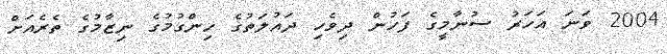
2004 ވަނަ އަހަރު ސުނާމީގެ ފަހުން ދިވެހި ދައުލަތުގެ ހިންގުމުގެ ނިޒާމުގެ ތެރެއަށް